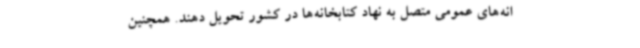
انه‌های عمومی متصل به نهاد کتابخانه‌ها در کشور تحویل دهند. همچنین